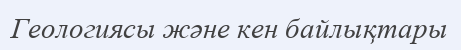
Геологиясы және кен байлықтары